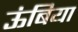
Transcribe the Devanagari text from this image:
ऊंबिया